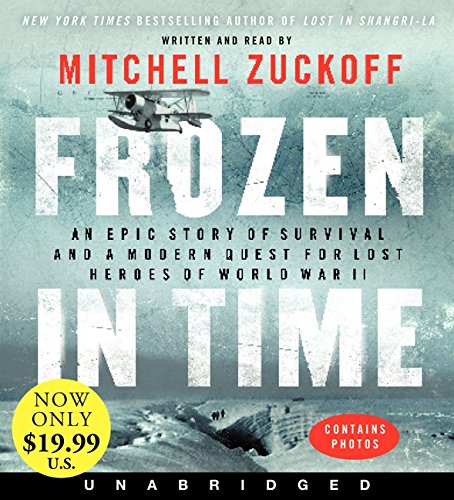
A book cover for Frozen in Time Low Price CD: An Epic Story of Survival and a Modern Quest for Lost Heroes of World War II; Mitchell Zuckoff; History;